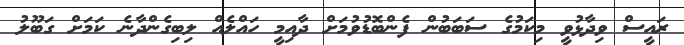
ރައީސް ވިދާޅުވީ މިކަމުގެ ސަބަބުން ފެންބޮޑުވުމަށް ދާއިމީ ހައްލެއް ލިބިގެންދާނެ ކަމަށް ގަބޫލު